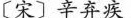
〔宋〕辛弃疾